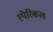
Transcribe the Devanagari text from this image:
स्पेरिकल